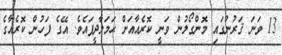
13 ވަނަ ޤަރުނުގައި މޮންގޯލުން ވަނީ ކޮރެއާއަށް ޙަމަލާދީފައެވެ. އޭގެ ފަހުން ކޮރެއާގެ